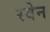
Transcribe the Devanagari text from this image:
रवेन